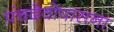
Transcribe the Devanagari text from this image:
पंचदेवोपासना